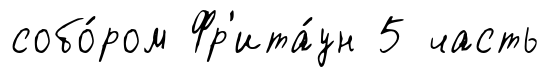
собо́ром Фр'ита́ун 5 часть